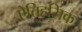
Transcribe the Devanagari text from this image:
एेतिहसिक